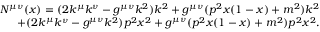
\begin{array} { r l r } & { } & { N ^ { \mu \nu } ( x ) = ( 2 k ^ { \mu } k ^ { \nu } - g ^ { \mu \nu } k ^ { 2 } ) k ^ { 2 } + g ^ { \mu \nu } ( p ^ { 2 } x ( 1 - x ) + m ^ { 2 } ) k ^ { 2 } } \\ & { } & { + ( 2 k ^ { \mu } k ^ { \nu } - g ^ { \mu \nu } k ^ { 2 } ) p ^ { 2 } x ^ { 2 } + g ^ { \mu \nu } ( p ^ { 2 } x ( 1 - x ) + m ^ { 2 } ) p ^ { 2 } x ^ { 2 } . } \end{array}